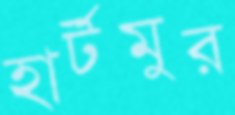
হার্টমুর